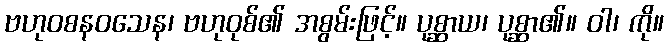
ဗဟုဝစနဝသေန၊ ဗဟုဝုစ်၏ အစွမ်းဖြင့်။ ပုစ္ဆာယ၊ ပုစ္ဆာ၏။ ဝါ၊ ကို။